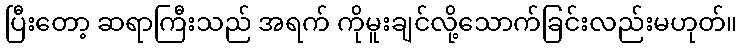
ပြီးတော့ ဆရာကြီးသည် အရက် ကိုမူးချင်လို့သောက်ခြင်းလည်းမဟုတ်။